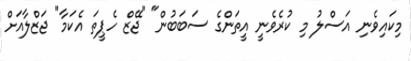
މިކައިވެނި އަސްލު މި ކުރެވެނީ އީތަންގެ ސަބަބުން" "ޖޭޒް ހެޕީތަ އެކަމާ" ޖަޒްލާއަށް